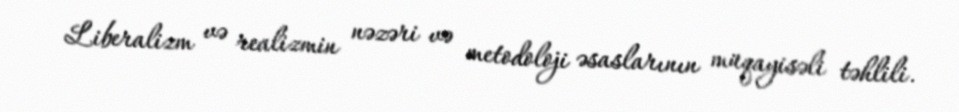
Liberalizm və realizmin nəzəri və metodoloji əsaslarının müqayisəli təhlili.